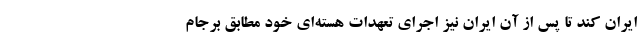
ایران کند تا پس از آن ایران نیز اجرای تعهدات هسته‌ای خود مطابق برجام